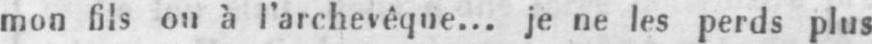
mon fils ou à l’archevêque... je ne les perds plus